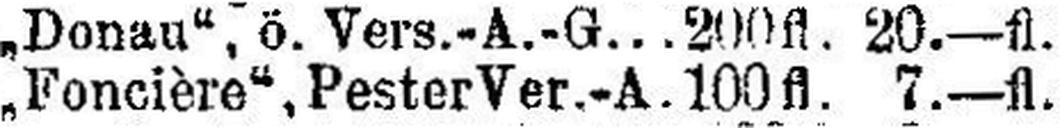
„Foncière“, Pester Ver.-A. 100fl. 7.—fl.